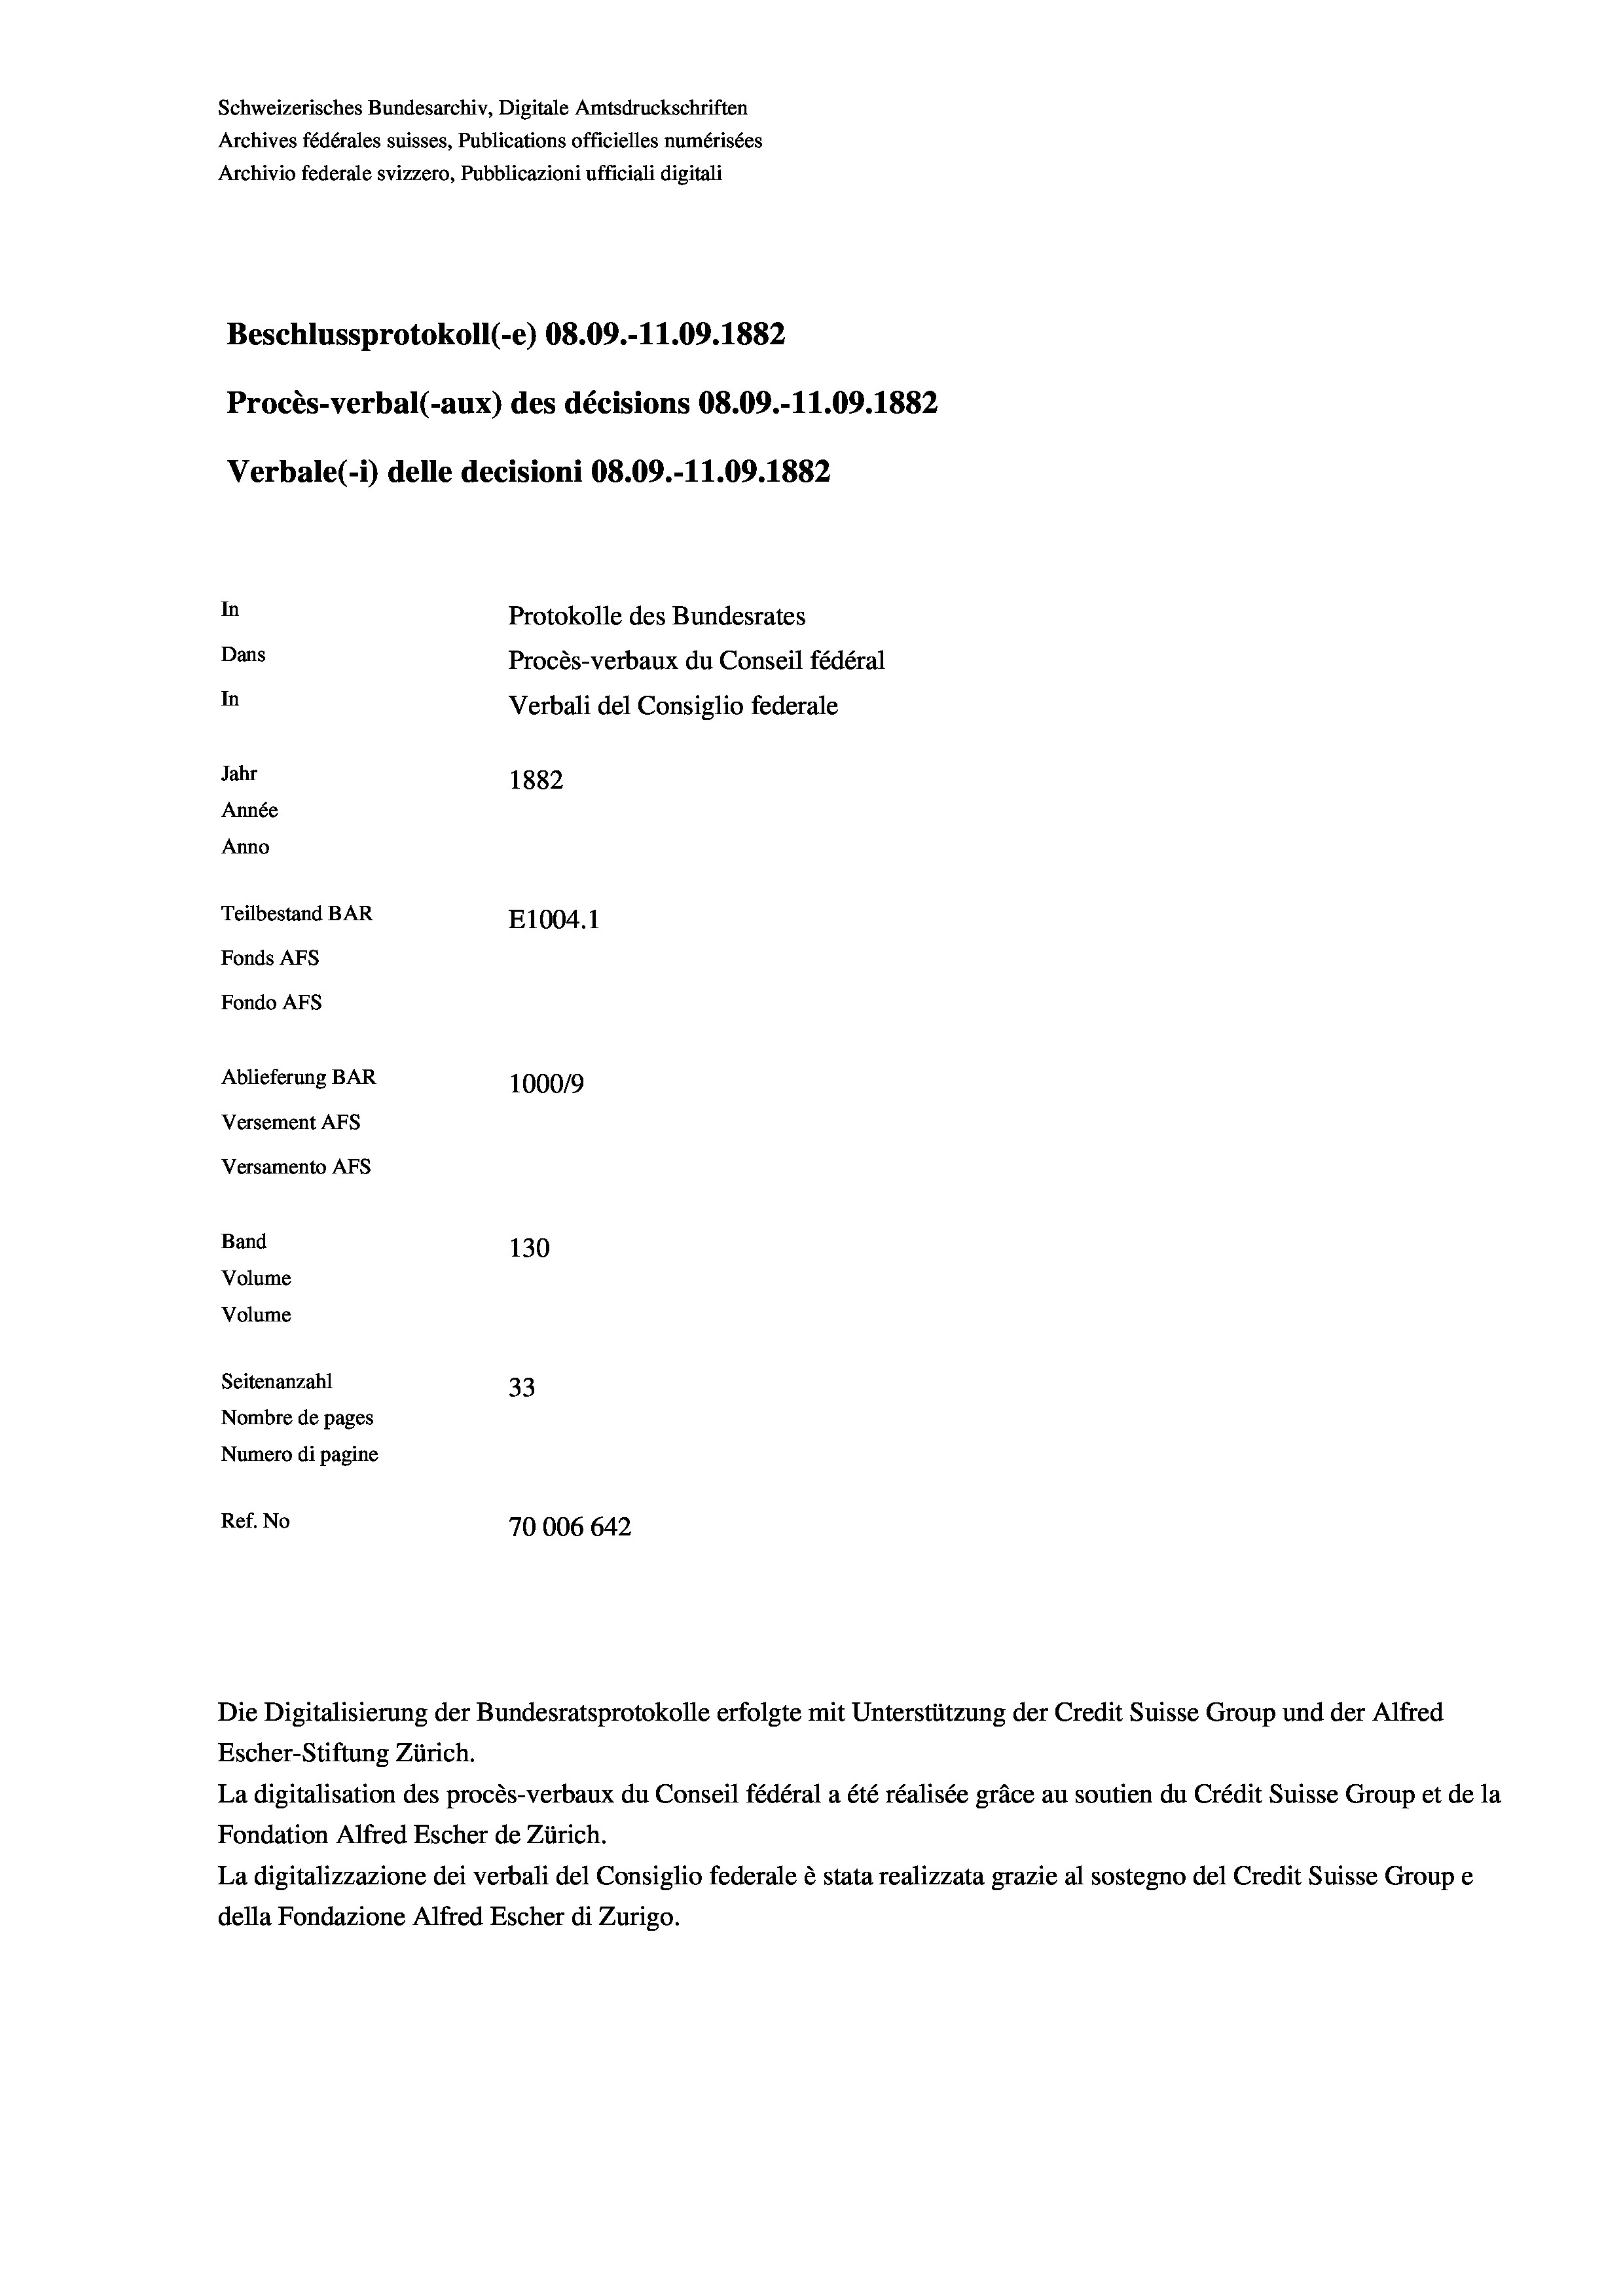
Schweizerisches Bundesarchiv, Digitale Amtsdruckschriften
Archives fédérales suisses, Publications officielles numérisées
Archivio federale svizzero, Pubblicazioni ufficiali digitali
Beschlussprotokoll (-e) 08.09.-11.09. 1882
Procès-verbal (-aux) des décisions 08.09.-11.09. 1882
Verbale (- 1) delle decisioni 08.09.-11.09. 1882
In
Protokolle des Bundesrates
Dans
Procès-verbaux du Conseil fédéral
In
Verbali del Consiglio federale
Jahr
1882
Année
Anno
Teilbestand BAR
E1004. 1
Fonds AFs
Fondo Afs
Ablieferung BAR
100019
Versement AFs
Versamento AFs

Band
Volume
Volume

130
Seitenanzahl
33
Nombre de pages
Numero di pagine
Ref. No
70006 642

Escher-Stiftung Zürich.
La digitalisation des procès-verbaux du Conseil fédéral a été réalisée gräce au soutien du Crédit Suisse Group et de la
Fondation Alfred Escher de Zürich.
La digitalizzazione dei verbali del Consiglio federale è stata realizzata grazie al sostegno del Credit Suisse Groupe
della Fondazione Alfred Escher di Zurigo.

Die Digitalisierung der Bundesratsprotokolle erfolgte mit Unterstützung der Credit Suisse Group und der Alfred